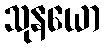
သုနယော